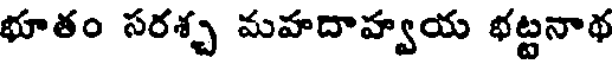
భూతం సరశ్చ మహదాహ్వయ భట్టనాథ